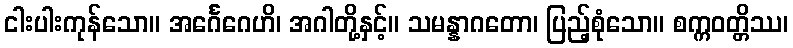
ငါးပါးကုန်သော။ အင်္ဂေဂေဟိ၊ အဂါတို့နှင့်။ သမန္နာဂတော၊ ပြည့်စုံသော။ စက္ကဝတ္တိဿ၊